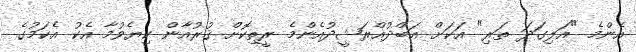
އެންމެ "އަލިގަދަ ތަރި" އަކަށް އަބްދުއްރަޝީދުއެންމެ ރީތިކޮށް ޤުރުއާން ކިޔެވުމާ އެކު އެކަމުގެ